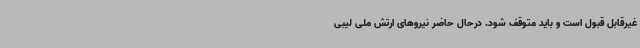
غیرقابل قبول است و باید متوقف شود. درحال حاضر نیروهای ارتش ملی لیبی